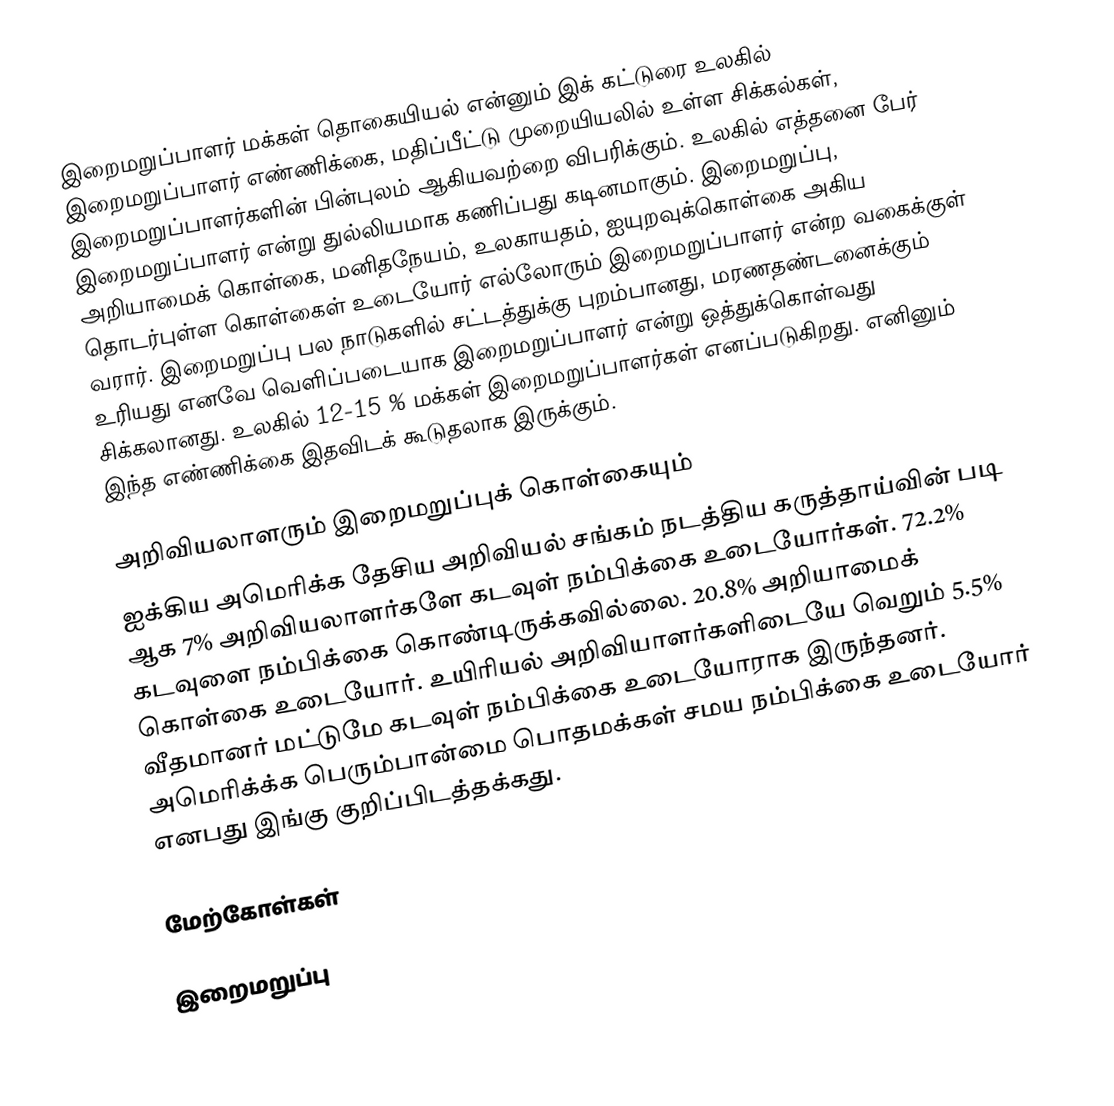
இறைமறுப்பாளர் மக்கள் தொகையியல் என்னும் இக் கட்டுரை உலகில் இறைமறுப்பாளர் எண்ணிக்கை, மதிப்பீட்டு முறையியலில் உள்ள சிக்கல்கள், இறைமறுப்பாளர்களின் பின்புலம் ஆகியவற்றை விபரிக்கும். உலகில் எத்தனை பேர் இறைமறுப்பாளர் என்று துல்லியமாக கணிப்பது கடினமாகும். இறைமறுப்பு, அறியாமைக் கொள்கை, மனிதநேயம், உலகாயதம், ஐயுறவுக்கொள்கை அகிய தொடர்புள்ள கொள்கைள் உடையோர் எல்லோரும் இறைமறுப்பாளர் என்ற வகைக்குள் வரார். இறைமறுப்பு பல நாடுகளில் சட்டத்துக்கு புறம்பானது, மரணதண்டனைக்கும் உரியது எனவே வெளிப்படையாக இறைமறுப்பாளர் என்று ஒத்துக்கொள்வது சிக்கலானது. உலகில் 12-15 % மக்கள் இறைமறுப்பாளர்கள் எனப்படுகிறது. எனினும் இந்த எண்ணிக்கை இதவிடக் கூடுதலாக இருக்கும்.

அறிவியலாளரும் இறைமறுப்புக் கொள்கையும்
ஐக்கிய அமெரிக்க தேசிய அறிவியல் சங்கம் நடத்திய கருத்தாய்வின் படி ஆக 7% அறிவியலாளர்களே கடவுள் நம்பிக்கை உடையோர்கள். 72.2% கடவுளை நம்பிக்கை கொண்டிருக்கவில்லை. 20.8% அறியாமைக் கொள்கை உடையோர். உயிரியல் அறிவியாளர்களிடையே வெறும் 5.5% வீதமானர் மட்டுமே கடவுள் நம்பிக்கை உடையோராக இருந்தனர். அமெரிக்க்க பெரும்பான்மை பொதமக்கள் சமய நம்பிக்கை உடையோர் எனபது இங்கு குறிப்பிடத்தக்கது.

மேற்கோள்கள்

இறைமறுப்பு